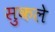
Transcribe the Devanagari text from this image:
सुकले